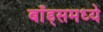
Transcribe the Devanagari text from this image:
बाँड्समध्ये